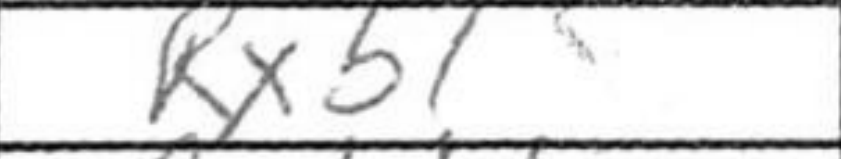
Transcription: Rxb1